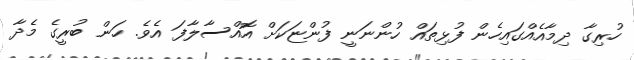
ހުރިގާ ދިމާއެއްގައިހެން ފުޅިތައް ހުންނަނީ ފުންޏަކަށް އޮއްސާލާފަ އެވެ. ހަން ބުރީގެ މެދާ